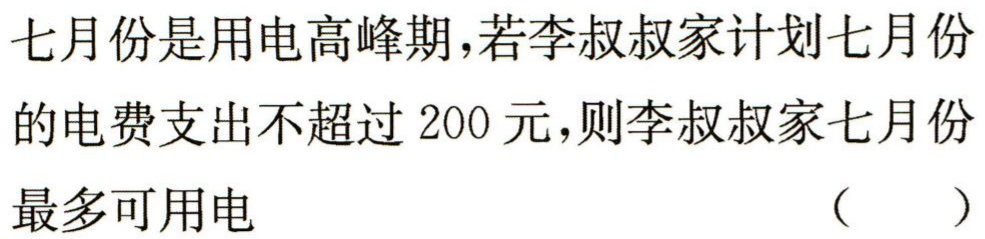
七月份是用电高峰期，若李叔叔家计划七月份的电费支出不超过 200 元，则李叔叔家七月份最多可用电 （  ）